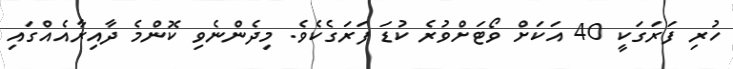
ހުރި ފަރަގަކީ 40 އަކަށް ވޯޓަށްވުރެ ކުޑަ ފަރަގެކެވެ. މިދެންނެވި ކޮންމެ ދާއިރާއެއްގައި